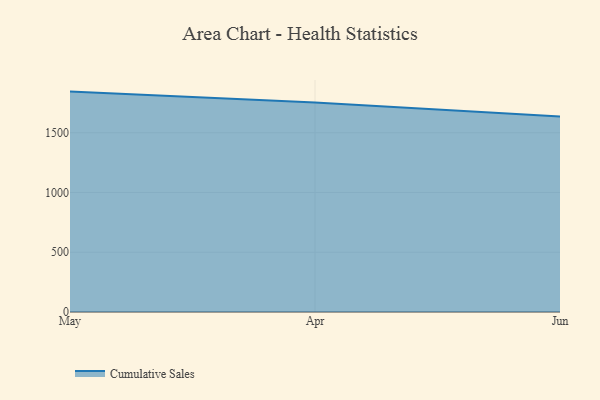
{"axis": {"x": "Month", "y": "Inventory Turnover"}, "legend": ["Cumulative Sales"], "data": [{"x": "May", "y": 1844.0, "type": "Cumulative Sales"}, {"x": "Apr", "y": 1751.8, "type": "Cumulative Sales"}, {"x": "Jun", "y": 1635.3, "type": "Cumulative Sales"}]}